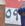
09